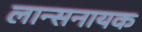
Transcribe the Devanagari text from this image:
लान्सनायक